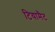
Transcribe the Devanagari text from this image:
टियामैट